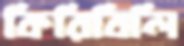
কিরিবিলি